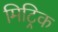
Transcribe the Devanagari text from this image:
मिट्रिक